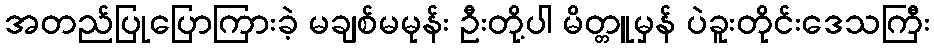
အတည်ပြုပြောကြားခဲ့ မချစ်မမုန်း ဦးတို့ပါ မိတ္တူမှန် ပဲခူးတိုင်းဒေသကြီး